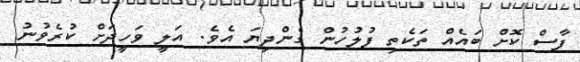
ފާސް ކޮށް ބައެއް ތަކެތި ފުލުހުން ގެންދިޔަ އެވެ. އަލީ ވަހީދަށް ކުރެވުނު